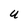
Character: u